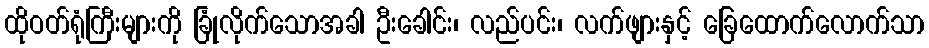
ထိုဝတ်ရုံကြီးများကို ခြုံလိုက်သောအခါ ဦးခေါင်း၊ လည်ပင်း၊ လက်ဖျားနှင့် ခြေထောက်လောက်သာ